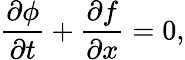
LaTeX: \frac{\partial\phi}{\partial t}+\frac{\partial f}{\partial x}=0,